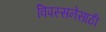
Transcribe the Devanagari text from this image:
विपस्सनेसाठी